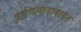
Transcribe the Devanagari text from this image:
प्राणिमात्राबाबत